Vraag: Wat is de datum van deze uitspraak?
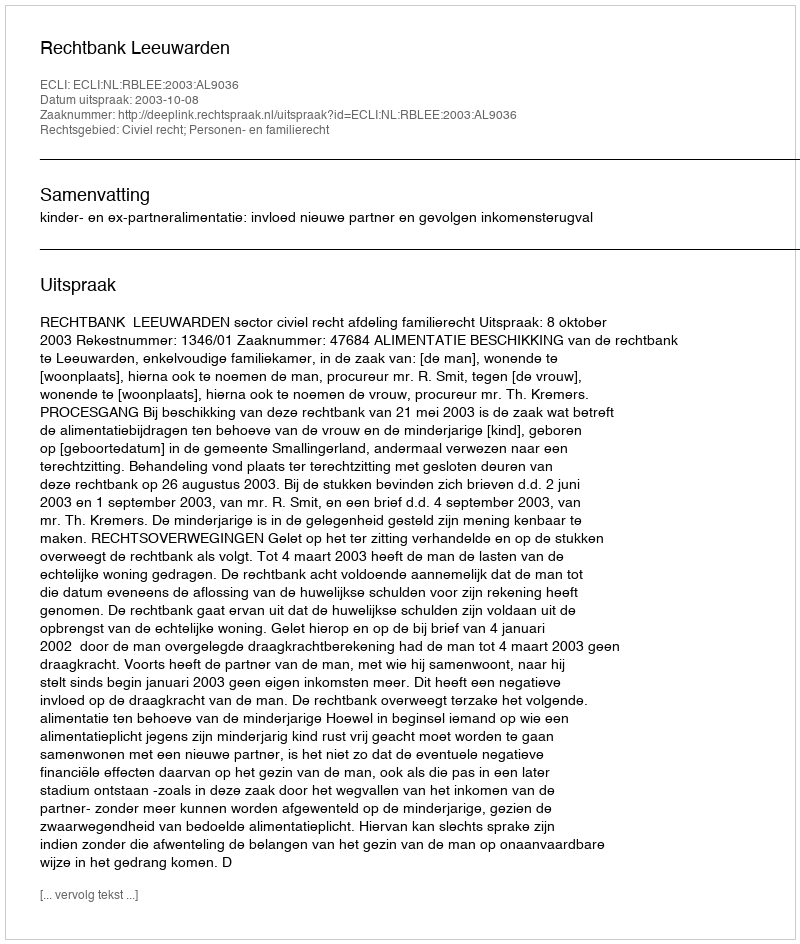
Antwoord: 2003-10-08